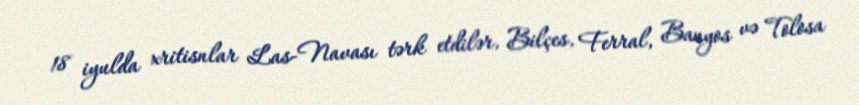
18 iyulda xritisnlar Las-Navası tərk etdilər, Bilçes, Ferral, Banyos və Tolosa